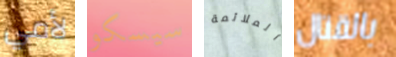
لأمي سيسكو الملائمة بالقتال